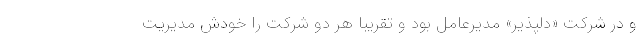
و در شرکت «دلپذیر» مدیرعامل بود و تقریبا هر دو شرکت را خودش مدیریت